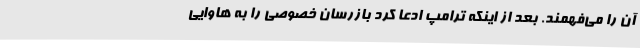
آن را می‌فهمند. بعد از اینکه ترامپ ادعا کرد بازرسان خصوصی را به هاوایی